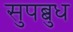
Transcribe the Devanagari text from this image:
सुपब्बुध